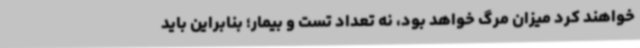
خواهند کرد میزان مرگ خواهد بود، نه تعداد تست و بیمار؛ بنابراین باید